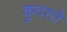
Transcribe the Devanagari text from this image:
कुदरते